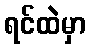
ရင်ထဲမှာ